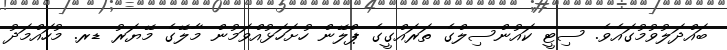
ބައްދަލުވުމުގައެވެ. ސިޓީ ކައުންސިލްގެ ތަރައްގީގެ ޕްލޭން ހުށަހަޅުއްވަމުން މާލޭގެ މޭޔަރު ޑރ. މުހައްމަދު